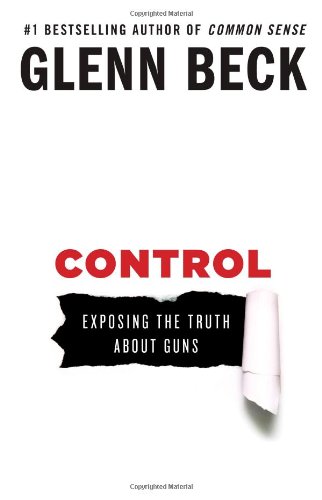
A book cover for Control: Exposing the Truth About Guns; Glenn Beck; Politics & Social Sciences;